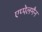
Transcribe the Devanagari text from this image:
एप्पेलमैन